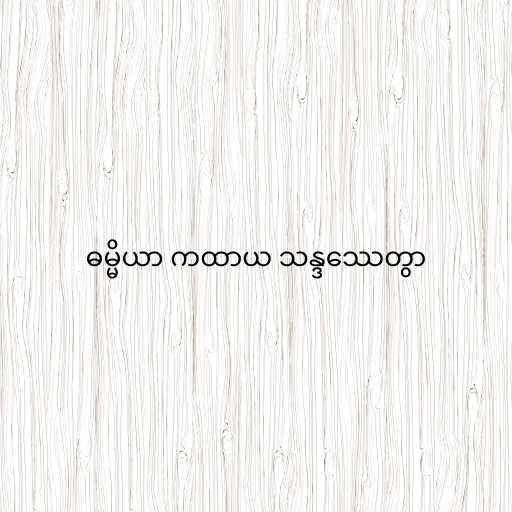
ဓမ္မိယာ ကထာယ သန္ဒဿေတွာ